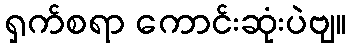
ရှက်စရာ ကောင်းဆုံးပဲဗျ။